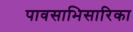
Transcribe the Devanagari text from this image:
पावसाभिसारिका